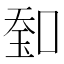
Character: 𠷷